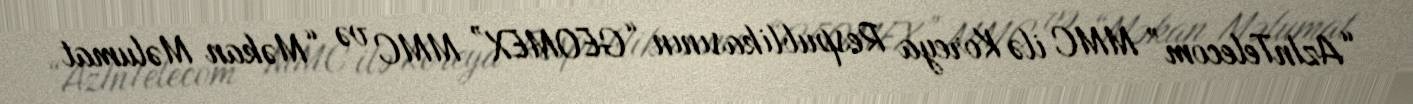
“AzInTelecom” MMC ilə Koreya Respublikasının “GEOMEX” MMC və “Məkan Məlumat